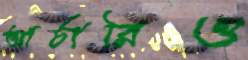
আর্চারিও